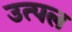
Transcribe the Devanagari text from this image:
उत्‍पल